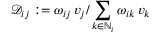
\mathcal { D } _ { i j } : = \omega _ { i j } \, v _ { j } / \sum _ { k \in \mathbb { N } _ { i } } \omega _ { i k } \, v _ { k }